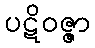
ပဋိဝဇ္ဇာ